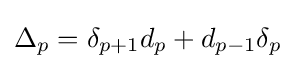
\Delta _{p}=\delta _{p+1}d_{p}+d_{p-1}\delta _{p}